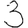
Digit: 3